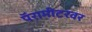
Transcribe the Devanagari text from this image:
पॅरामीटरवर